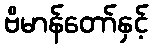
ဗိမာန်တော်နှင့်